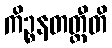
ကိဉ္စနတတ္ထီတိ